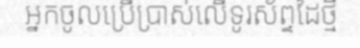
អ្នកចូលប្រើប្រាស់លើទូរស័ព្ទដៃថ្មី